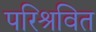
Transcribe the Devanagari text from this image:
परिश्रवित